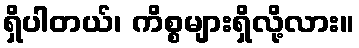
ရှိပါတယ်၊ ကိစ္စများရှိလို့လား။